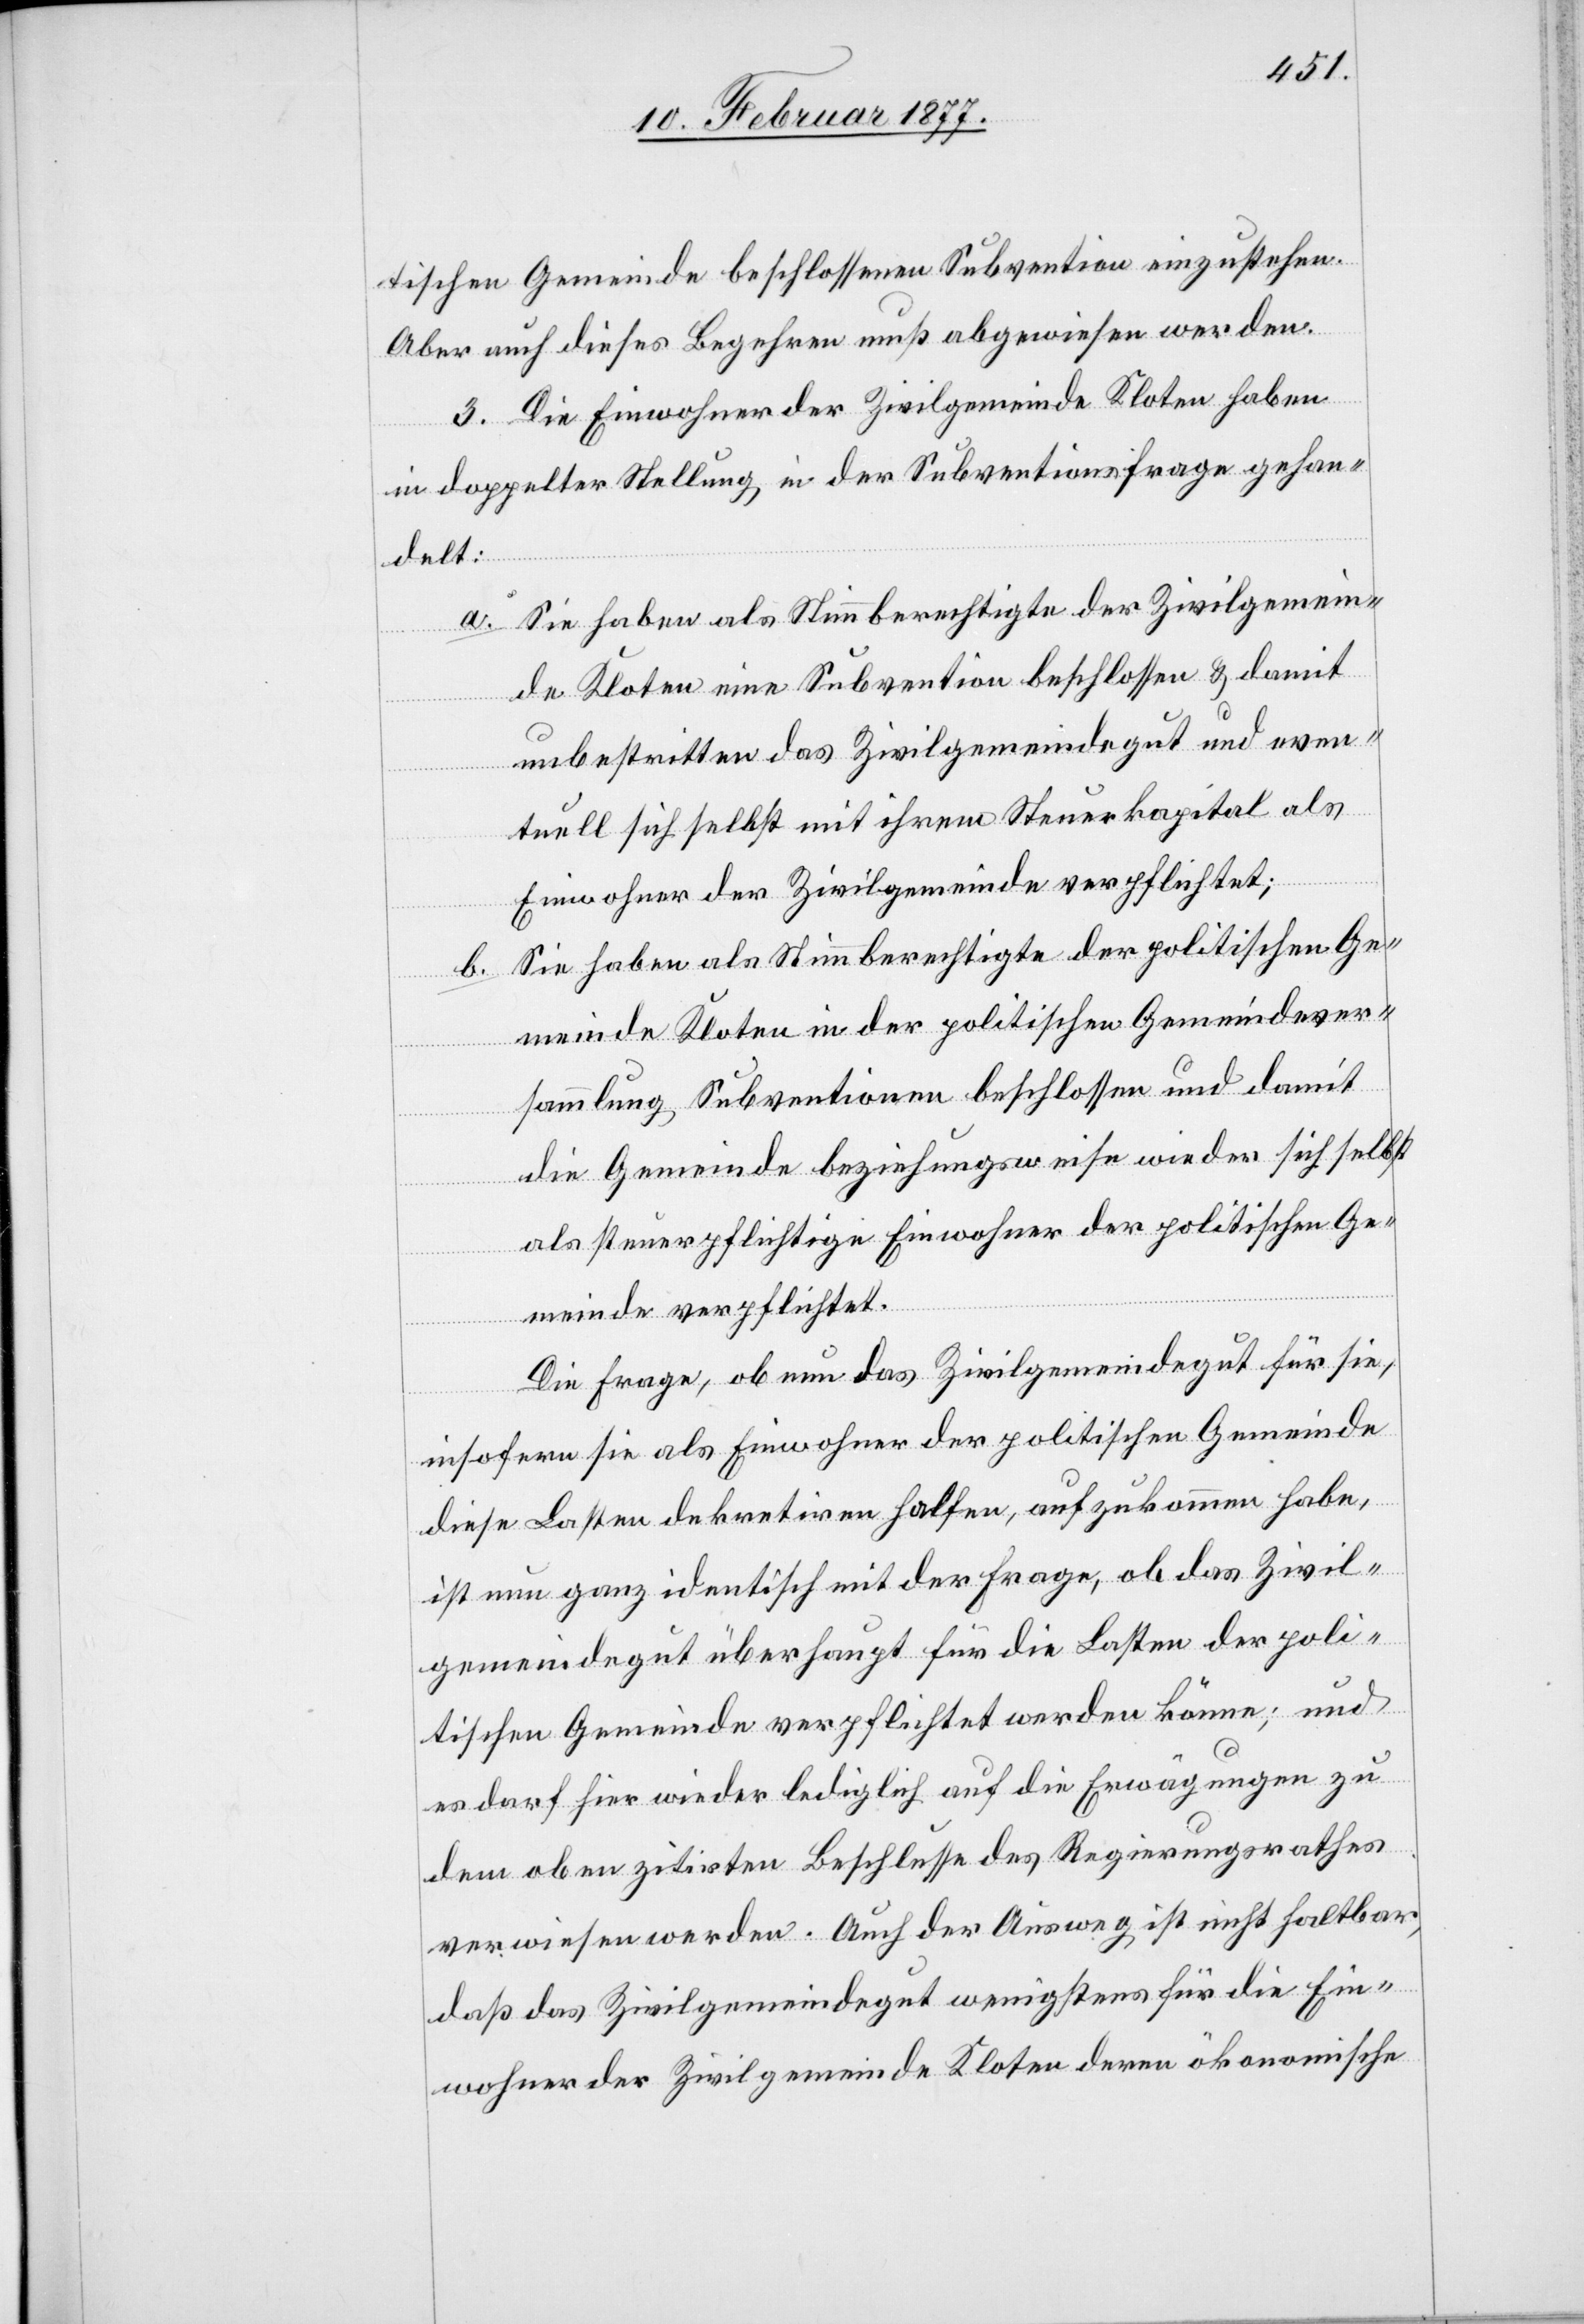
tischen Gemeinde beschlossenen Subvention einzustehen.
Aber auch dieses Begehren muß abgewiesen werden.
3. Die Einwohner der Zivilgemeinde Kloten haben
in doppelter Stellung in der Subventionsfrage gehan¬
delt:
Sie haben als Stimmberechtigte der Zivilgemein¬
de Kloten eine Subvention beschlossen & damit
unbestritten das Zivilgemeindegut und even¬
tuell sich selbst mit ihrem Steuerkapital als
Einwohner der Zivilgemeinde verpflichtet;
Sie haben als Stimmberechtigte der politischen Ge¬
b.
meinde Kloten in der politischen Gemeindever¬
sammlung Subventionen beschlossen und damit
die Gemeinde beziehungsweise wieder sich selbst
als steuerpflichtige Einwohner der politischen Ge¬
meinde verpflichtet.
Die Frage, ob nun das Zivilgemeindegut für sie,
insofern sie als Einwohner der politischen Gemeinde
diese Lasten dekretiren halfen, aufzukommen habe,
ist nun ganz identisch mit der Frage, ob das Zivil¬
gemeindegut überhaupt für die Lasten der poli¬
tischen Gemeinde verpflichtet werden könne; und
es darf hier wieder lediglich auf die Erwägungen zu
dem oben zitirten Beschlusse des Regierungsrathes
verwiesen werden. Auch der Ausweg ist nicht haltbar,
daß das Zivilgemeindegut wenigstens für die Ein¬
wohner der Zivilgemeinde Kloten deren ökonomische